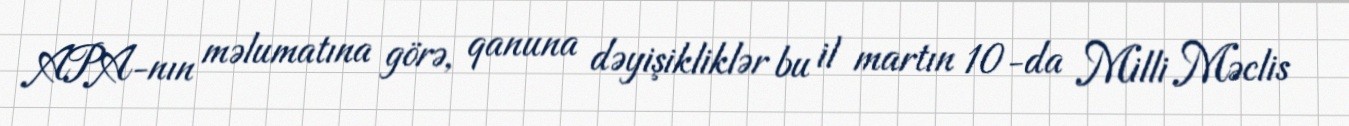
APA-nın məlumatına görə, qanuna dəyişikliklər bu il martın 10-da Milli Məclis